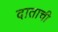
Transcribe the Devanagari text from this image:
दाताची